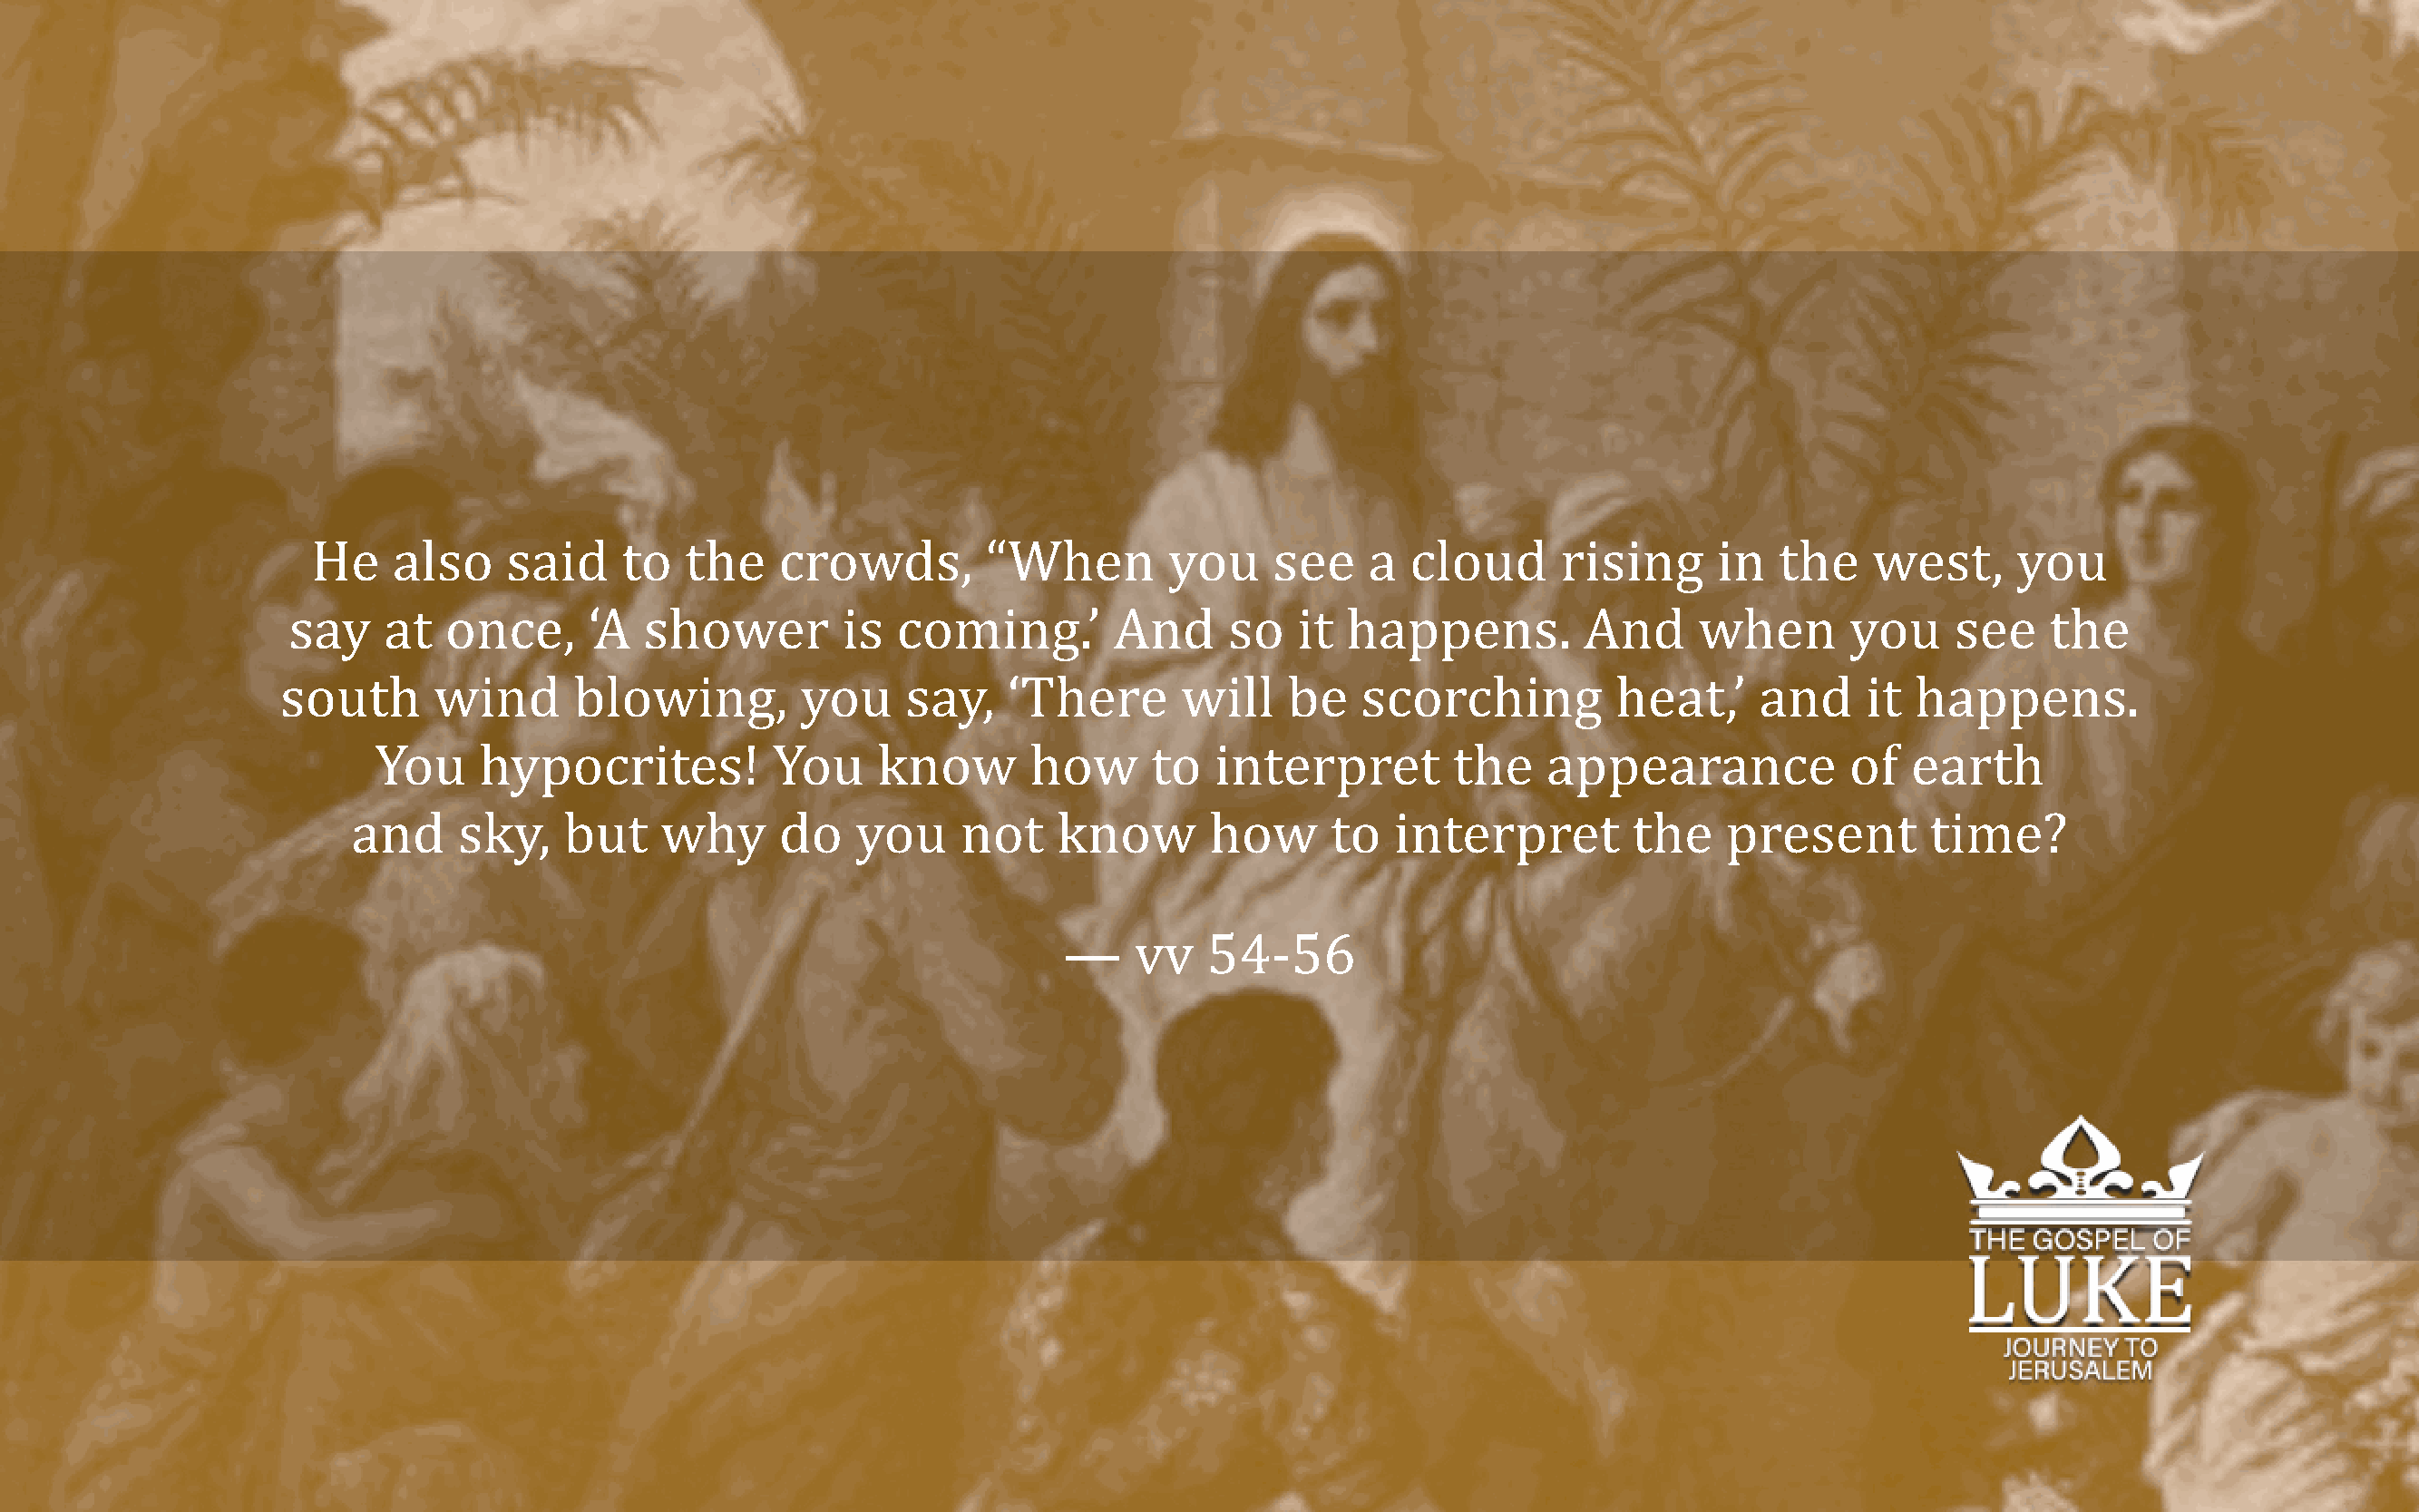
He    also    said    to   the    crowds,        “When        you     see    a  cloud      rising     in   the    west,     you
 say    at  once,      ‘A  shower        is  coming.’        And      so   it happens.          And     when       you     see    the
 south       wind      blowing,        you     say,    ‘There      will    be   scorching          heat,’    and     it  happens.
 You     hypocrites!          You     know       how      to   interpret        the    appearance            of  earth
 and    sky,    but    why      do   you     not    know       how      to   interpret        the    present        time?
 —    vv   54-56